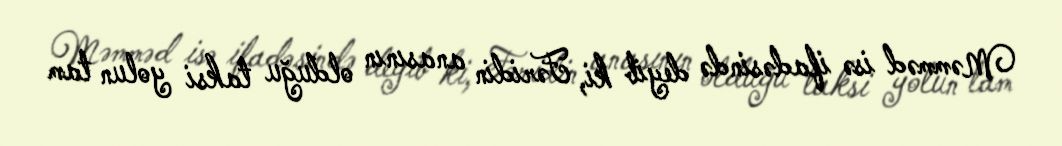
Məmməd isə ifadəsində deyib ki, Fəridin anasının olduğu taksi yolun tam